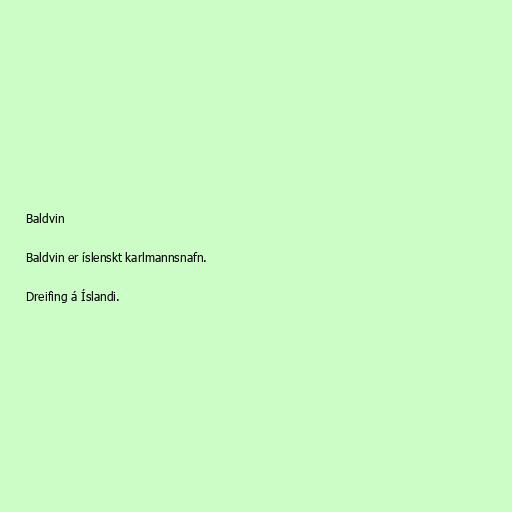
Baldvin

Baldvin er íslenskt karlmannsnafn.

Dreifing á Íslandi.